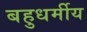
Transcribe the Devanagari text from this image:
बहुधर्मीय